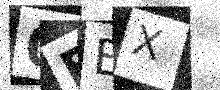
Text: 0FBX